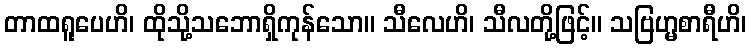
တာထရူပေဟိ၊ ထိုသို့သဘောရှိကုန်သော။ သီလေဟိ၊ သီလတို့ဖြင့်။ သဗြဟ္မစာရီဟိ၊